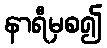
နာရီမှစ၍